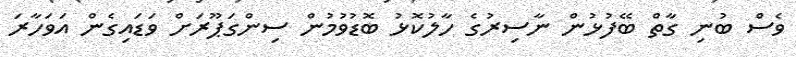
ވެސް ބުނި ގާތް ބޭފުޅުން ނާސިރުގެ ހާލުކޮޅު ބޮޑުވުމުން ސިންގަޕޫރަށް ވަޑައިގެން އަވަހާރަ